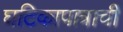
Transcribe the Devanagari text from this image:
घटिकापात्राची